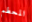
المحطم